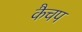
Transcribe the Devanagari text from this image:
कैचप